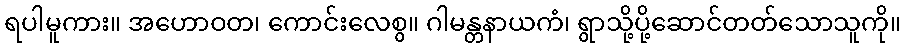
ရပါမူကား။ အဟောဝတ၊ ကောင်းလေစွ။ ဂါမန္တနာယကံ၊ ရွာသို့ပို့ဆောင်တတ်သောသူကို။